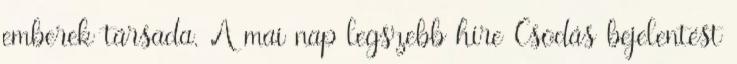
emberek társada. A mai nap legszebb híre Csodás bejelentést